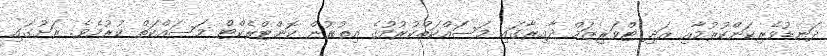
ދަނޑުވެރިކަންކުރުމާއި އަދި ޓްވަރިޒަމް ދާއިރާގައި މަސައްކަތްކުރުމުގެ އިތުރުން ކޮންޓްރެކްޓް މަސައްކަތް ކުރުމެވެ. ރަށުގައި